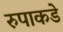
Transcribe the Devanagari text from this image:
रुपाकडे